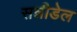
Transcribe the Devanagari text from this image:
सन्नीडेल